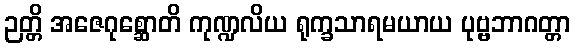
ဉတ္တိ အဇေဂုစ္ဆောတိ ကုဏ္ဍလိယ ရုက္ခသာရမယာယ ပုဗ္ဗဘာဂတ္တာ